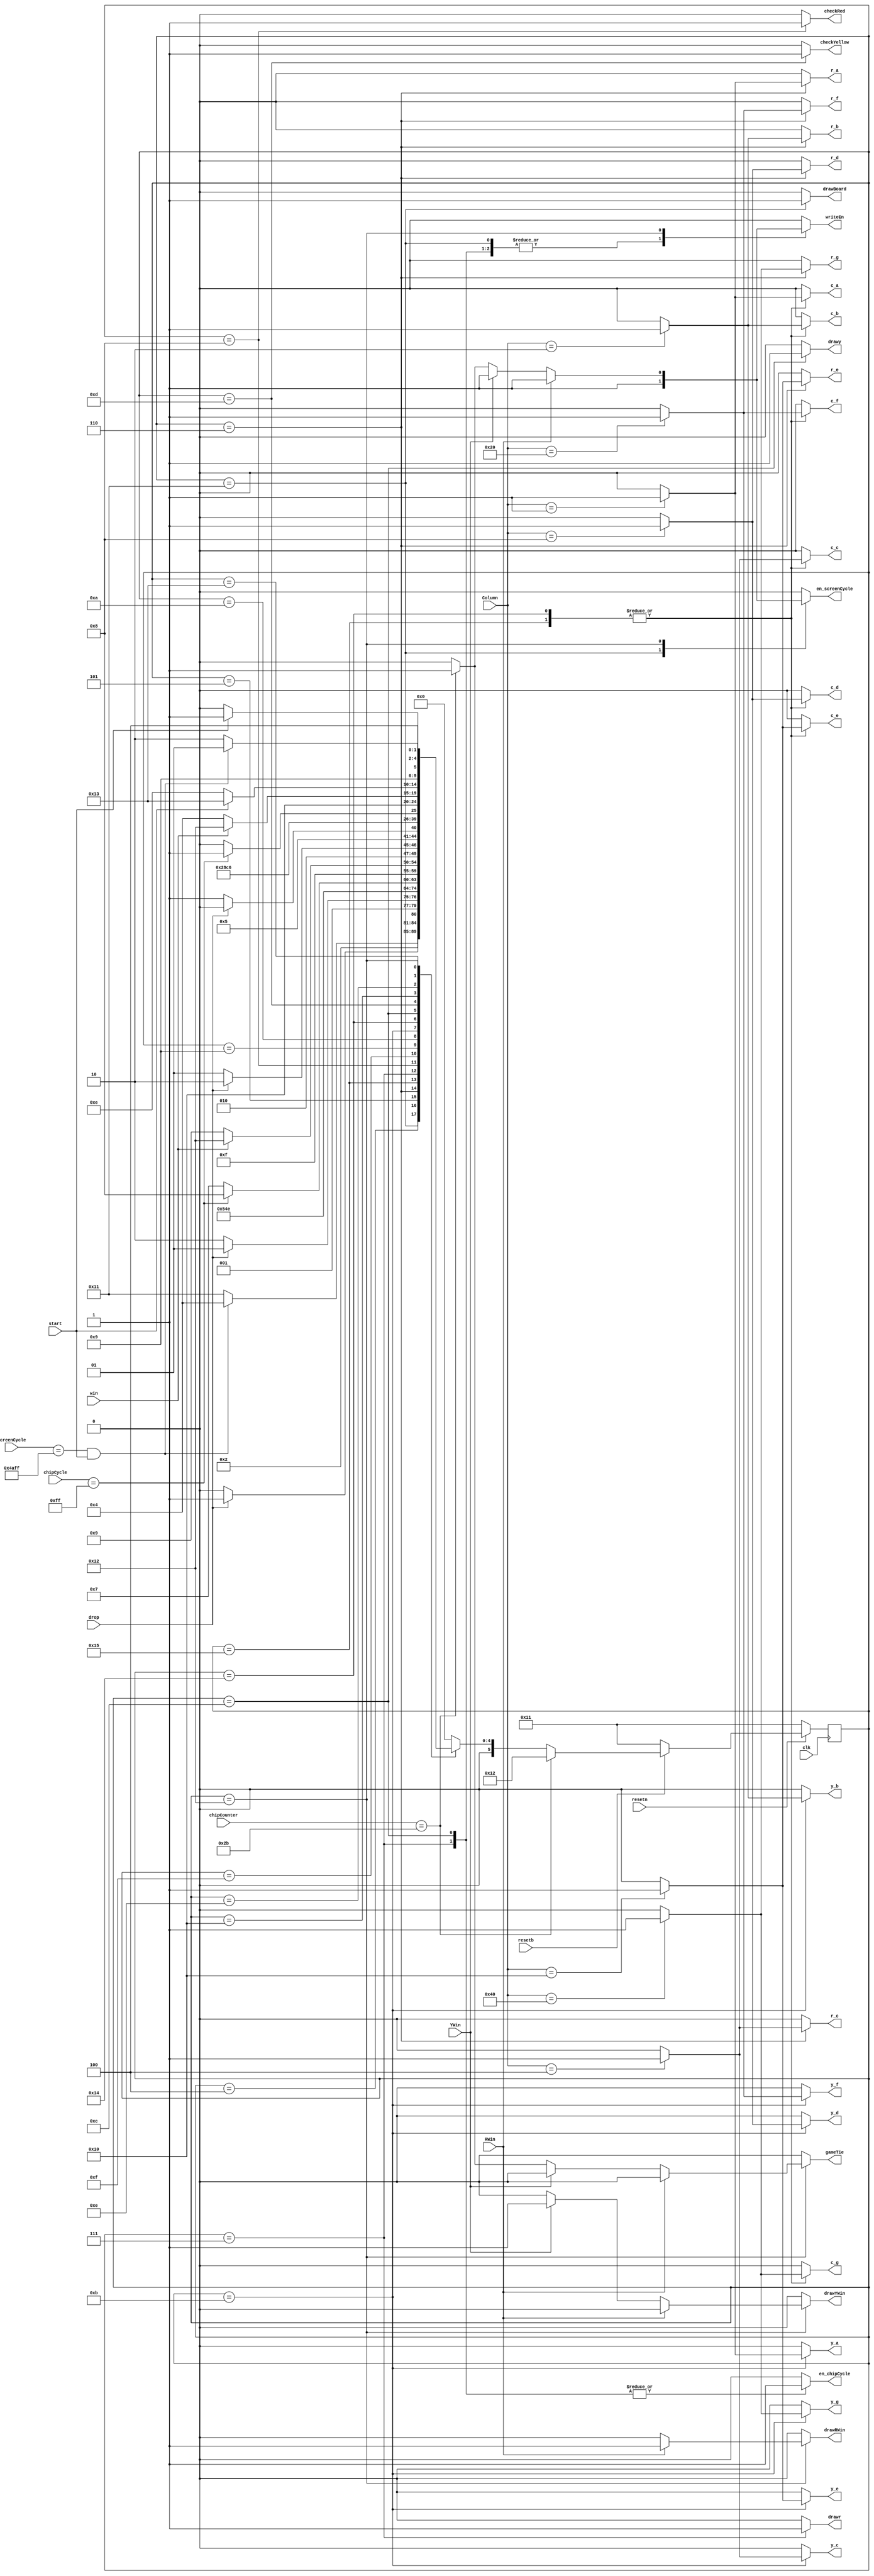
module gameControl(
	input clk,resetn,resetb,
	input [6:0] Column,
	input [8:0] chipCycle,
	input [14:0] screenCycle,
	input start,drop,RWin,YWin,win,
	input [5:0] chipCounter,

	output reg r_a,r_b,r_c,r_d,r_e,r_f,r_g,
	output reg y_a,y_b,y_c,y_d,y_e,y_f,y_g,
	output reg c_a,c_b,c_c,c_d,c_e,c_f,c_g,
	output reg en_chipCycle,drawr,drawy,writeEn,checkRed,checkYellow,drawBoard,drawRWin,drawYWin,gameTie,en_screenCycle
);
	
	//State Registers
	reg[5:0] current_state,next_state;
	
	//State Parameters
	localparam  S_START=5'd0, //Starts the Game
					S_START_WAIT=5'd1, //Waits for Release
					S_CHOOSE_R=5'd2,
					S_CHOOSE_Y=5'd3,
					S_R_TURN=5'd4, //Red's Turn
					S_R_WAIT=5'd5, //Waits for button to be released
					S_R_LOAD=5'd6, //Loads columns in Red's Board
					S_R_DRAW=5'd7, //Plots Red Chip
					S_CHECK_R=5'd8, //Checks for Red's Win Condition
					S_Y_TURN=5'd9, //Yellow's Turn
					S_Y_WAIT=5'd10, //Waits for button to be released
					S_Y_LOAD=5'd11, //Loads columns in Yellow's Board
					S_Y_DRAW=5'd12, //Plots Yellow Chip
					S_CHECK_Y=5'd13, //Checks for Yellow's Win Condition
					S_GAME_OVER=5'd14, //Game Over
					S_UPDATE_R=5'd15, //Determines if the Game is Over or Not
					S_UPDATE_Y=5'd16, //Determines if the Game is Over or Not
					S_DRAW_BOARD=5'd17, //Plots the GameBoard
					S_DRAW_MESSAGE=5'd18, //Plots End Game State Message
					S_GAME_OVER_WAIT=5'd19, //Waits for button to be released
					S_Y_LOAD_C=5'd20, //Loads columns in Combined Board
					S_R_LOAD_C=5'd21, //Loads columns in Combined Board
					S_GAME_TIE = 5'd22; //game tie condition
	
	//State Table
	always @(*)
	begin: state_table
	case(current_state)
	
//	S_START: next_state = start ? S_START_WAIT:S_START;
//	S_START_WAIT: next_state = start ? S_START_WAIT:S_DRAW_BOARD;
	S_DRAW_BOARD: next_state = (screenCycle==15'd19199 && start) ? S_R_TURN:S_DRAW_BOARD; //Game Board (Full Screen) - 160 x 120 = 19200 Pixels - 1 - DownCounter
	S_R_TURN: next_state = drop ? S_R_WAIT:S_R_TURN;
	S_R_WAIT: next_state = drop ? S_R_WAIT:S_R_LOAD;
	S_R_LOAD: next_state = S_R_LOAD_C;
	S_R_LOAD_C: next_state = S_R_DRAW;
	S_R_DRAW: next_state = (chipCycle==9'd255) ? S_CHECK_R:S_R_DRAW; //Game Chip - 16x16 Pixels = 256 Pixels - 1 - DownCounter
	S_CHECK_R: next_state = S_UPDATE_R;
	S_UPDATE_R :next_state = win ? S_DRAW_MESSAGE:S_Y_TURN; //Check for Win - If Red Wins - Game Over - If Not - Yellow's Turn
	S_Y_TURN: next_state = drop ? S_Y_WAIT:S_Y_TURN;
	S_Y_WAIT: next_state = drop ? S_Y_WAIT:S_Y_LOAD;
	S_Y_LOAD: next_state = S_Y_LOAD_C;
	S_Y_LOAD_C:next_state = S_Y_DRAW;
	S_Y_DRAW: next_state = (chipCycle==9'd255) ? S_CHECK_Y:S_Y_DRAW; //Game Chip - 16x16 Pixels = 256 Pixels - 1 - DownCounter
	S_CHECK_Y: next_state = S_UPDATE_Y;
	S_UPDATE_Y: next_state = win ? S_DRAW_MESSAGE:S_R_TURN;
	S_GAME_OVER: next_state = start ? S_GAME_OVER_WAIT:S_GAME_OVER;
	S_GAME_OVER_WAIT: next_state= start ? S_GAME_OVER_WAIT:S_DRAW_MESSAGE;
	S_DRAW_MESSAGE: next_state =(screenCycle==15'd19199 && start) ? S_DRAW_BOARD:S_DRAW_MESSAGE; //Messages (Full Screen) - 160 x 120 = 19200 Pixels - 1 - DownCounter
	//S_GAME_TIE: next_state=(chipCounter == 6'd43) ? S_GAME_OVER:S_START;
	
	default : next_state = S_START;
	endcase
	end
	
	//Enable Signals
	always @(*)
	begin: enable_signals
	
		r_a=1'b0;
		r_b=1'b0;
		r_c=1'b0;
		r_d=1'b0;
		r_e=1'b0;
		r_f=1'b0;
		r_g=1'b0;
		y_a=1'b0;
		y_b=1'b0;
		y_c=1'b0;
		y_d=1'b0;
		y_e=1'b0;
		y_f=1'b0;
		y_g=1'b0;
		c_a=1'b0;
		c_b=1'b0;
		c_c=1'b0;
		c_d=1'b0;
		c_e=1'b0;
		c_f=1'b0;
		c_g=1'b0;
		drawr=1'b0;
		drawy=1'b0;
		drawBoard=1'b0;
		drawRWin=1'b0;
		drawYWin=1'b0;
		gameTie=1'b0;
		writeEn=1'b0;
		en_chipCycle=1'b0;
		checkRed=1'b0;
		checkYellow=1'b0;
		en_screenCycle=1'b0;

	
		case (current_state)
				S_START:
				begin
				end
				S_CHOOSE_R:
				begin
				end
				S_CHOOSE_Y:
				begin
				end
				S_DRAW_BOARD:
				begin
				
				
				en_screenCycle=1'b1;
				drawBoard=1'b1;
				writeEn=1'b1;
				end
				S_R_LOAD: //Loads Column for Red Board State
				begin 
					case(Column[6:0]) //Columns starts at INDEX 1, so 8 Bits Used
						7'b0000001: r_a=1'b1;
						7'b0000010: r_b=1'b1;
						7'b0000100: r_c=1'b1;
						7'b0001000: r_d=1'b1;
						7'b0010000: r_e=1'b1;
						7'b0100000: r_f=1'b1;
						7'b1000000: r_g=1'b1;
					endcase
				end
				S_R_LOAD_C: //Loads Column for Combined Board State
				begin
					case(Column[6:0])
						7'b0000001: c_a=1'b1;
						7'b0000010: c_b=1'b1;
						7'b0000100: c_c=1'b1;
						7'b0001000: c_d=1'b1;
						7'b0010000: c_e=1'b1;
						7'b0100000: c_f=1'b1;
						7'b1000000: c_g=1'b1;
					endcase
				end
				S_R_DRAW:
				begin
					drawr=1'b1;
					en_chipCycle=1'b1;
					writeEn=1'b1;
				end
				S_CHECK_R:
				begin
					checkRed=1'b1;
				end
				S_Y_LOAD: //Loads Column for Yellow Board State
				begin
					case(Column[6:0])
						7'b0000001: y_a=1'b1;
						7'b0000010: y_b=1'b1;
						7'b0000100: y_c=1'b1;
						7'b0001000: y_d=1'b1;
						7'b0010000: y_e=1'b1;
						7'b0100000: y_f=1'b1;
						7'b1000000: y_g=1'b1;
					endcase
				end
				S_Y_LOAD_C:
				begin
					case(Column[6:0])
						7'b0000001: c_a=1'b1;
						7'b0000010: c_b=1'b1;
						7'b0000100: c_c=1'b1;
						7'b0001000: c_d=1'b1;
						7'b0010000: c_e=1'b1;
						7'b0100000: c_f=1'b1;
						7'b1000000: c_g=1'b1;
					endcase
				end
				S_Y_DRAW:
				begin
					drawy=1'b1;
					en_chipCycle=1'b1;
					writeEn=1'b1;
				end
				S_CHECK_Y:
				begin
					checkYellow=1'b1;
				end
				S_DRAW_MESSAGE:
				begin
					if (RWin)
					begin
						drawRWin=1'b1;
						en_screenCycle=1'b1;
						writeEn=1'b1;
					end
					else if (YWin)
					begin
						drawYWin=1'b1;
						en_screenCycle=1'b1;
						writeEn=1'b1;
					end
					else if (chipCounter == 6'd43)
					begin
						gameTie=1'b1;
						en_screenCycle=1'b1;
						writeEn=1'b1;
					end
				end
			endcase
		end
		
		//State Registers
		always @(posedge clk)
		begin: stateFFS
		if (!resetn)
			current_state <= S_DRAW_BOARD;
		else if(!resetb)
		begin
			current_state <= S_DRAW_BOARD;
		end
		else if (chipCounter == 6'd43)
			current_state <= S_DRAW_MESSAGE;
		else
			current_state <= next_state;
		end
		
endmodule